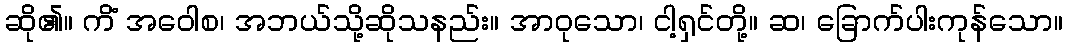
ဆို၏။ ကိံ အဝေါစ၊ အဘယ်သို့ဆိုသနည်း။ အာဝုသော၊ ငါ့ရှင်တို့။ ဆ၊ ခြောက်ပါးကုန်သော။